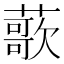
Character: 𫉸